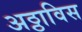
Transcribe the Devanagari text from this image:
अठ्ठाविस